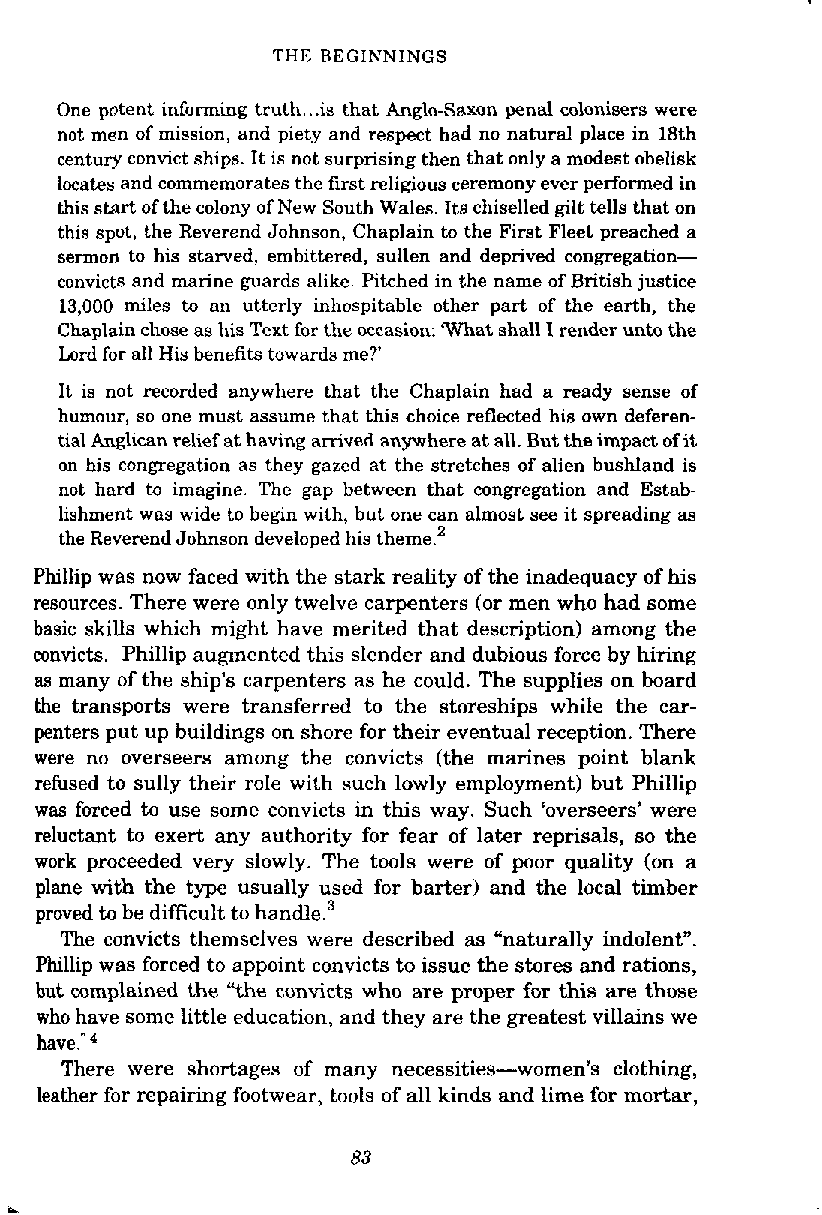
THE BEGINNINGS
 One potent informing truth... is that Anglo-Saxon penal colonisers were
 not men of mission, and piety and respect had no natural place in 18th
 century convict ships. It is not surprising then that only a modest obelisk
 locates and commemorates the first religious ceremony ever performed in
 this start of the colony of New South Wales. Its chiselled gilt tells that on
 this spot, the Reverend Johnson, Chaplain to the First Fleet preached a
 sermon to his starved, embittered, sullen and deprived congregation-
 convicts and marine guards alike. Pitched in the name of British justice
 13,000 miles to an utterly inhospitable other part of the earth, the
 Chaplain chose as his Text for the occasion: What shall I render unto the
 Lord for all His benefits towards me?
 It is not recorded anywhere that the Chaplain had a ready sense of
 humour, so one must assume that this choice reflected his own deferen-
 tial Anglican relief at having arrived anywhere at all. But the impact of it
 on his congregation as they gazed at the stretches of alien hushland is
 not hard to imagine. The gap between that congregation and Estab-
 lishment was wide to begin with, hut one can almost see it spreading as
 the Reverend Johnson developed his theme.2
 Phillip was now faced with the stark reality of the inadequacy of his
 resources. There were only twelve carpenters (or men who had some
 basic skills which might have merited that description) among the
 convicts. Phillip augmented this slender and dubious force by hiring
 as many of the ship's carpenters as he could. The supplies on board
 the transports were transferred to the storeships while the car-
 penters put up buildings on shore for their eventual reception. There
 were no overseers among the convicts (the marines point blank
 refused to sully their role with such lowly employment) but Phillip
 was forced to use some convicts in this way. Such 'overseers' were
 reluctant to exert any authority for fear of later reprisals, so the
 work proceeded very slowly. The tools were of poor quality (on a
 plane with the type usually used for barter) and the local timber
 proved to be difficult to hand~e.~
 The convicts themselves were described as "naturally indolent".
 Phillip was forced to appoint convicts to issue the stores and rations,
 but complained the "the convicts who are proper for this are those
 who have some little education, and they are the greatest villains we
 have."
 There were shortages of many necessities-women's clothing,
 leather for repairing footwear, tools of all kinds and lime for mortar,